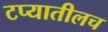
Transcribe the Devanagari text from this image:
टप्यातीलच